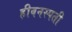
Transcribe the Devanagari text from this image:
हीवनस्पती